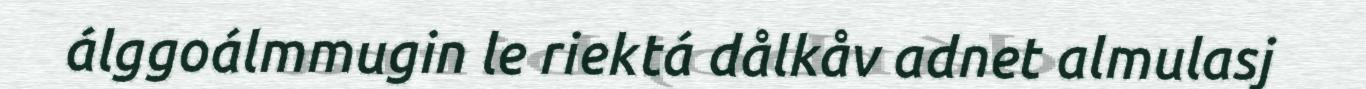
álggoálmmugin le riektá dålkåv adnet almulasj